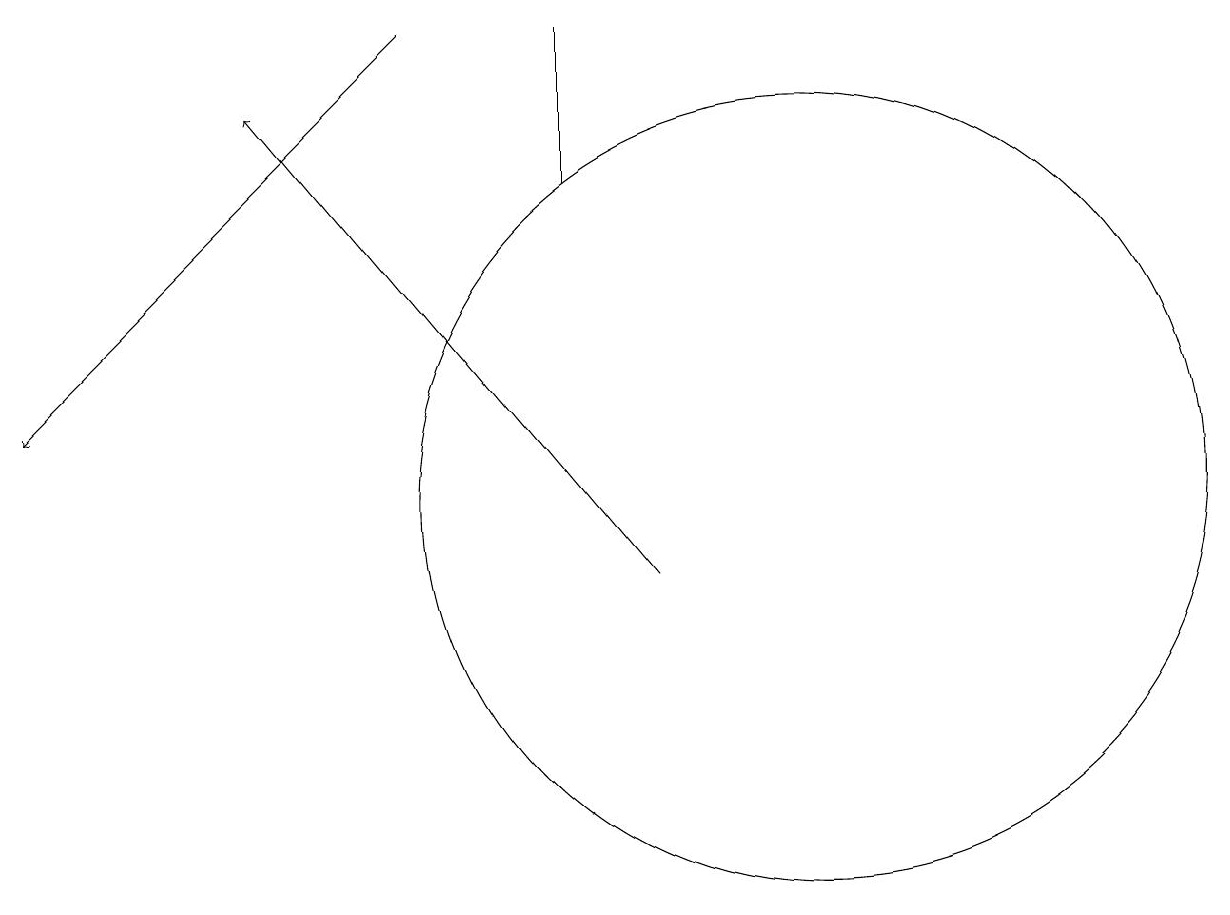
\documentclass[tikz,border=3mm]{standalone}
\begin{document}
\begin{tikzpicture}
\draw[->] (5,17) -- (0,12);
\draw (7,17) rectangle (7,15);
\draw[->] (8,10) -- (3,16);
\draw (10,12) circle (0);
\draw (10,11) circle (5);
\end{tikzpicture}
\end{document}